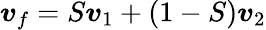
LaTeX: \boldsymbol{v}_{f}=S\boldsymbol{v}_{1}+(1-S)\boldsymbol{v}_{2}